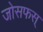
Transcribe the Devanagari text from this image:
जोसफस्